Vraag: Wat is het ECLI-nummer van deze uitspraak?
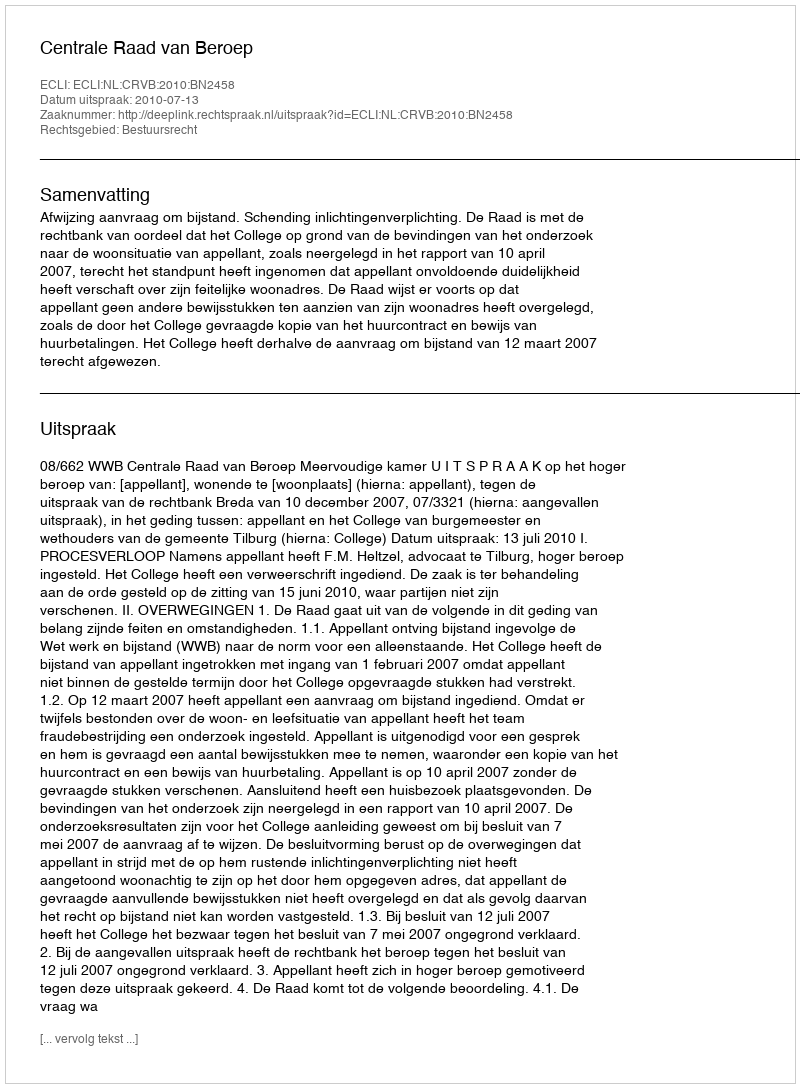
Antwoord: ECLI:NL:CRVB:2010:BN2458